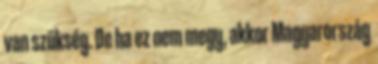
van szükség. De ha ez nem megy, akkor Magyarország